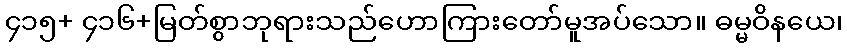
၄၁၅+ ၄၁၆+မြတ်စွာဘုရားသည်ဟောကြားတော်မူအပ်သော။ ဓမ္မဝိနယေ၊